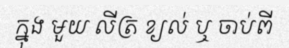
ក្នុង មួយ លីត្រ ខ្យល់ ឬ ចាប់ពី